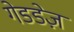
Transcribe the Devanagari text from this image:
गेडडेज़